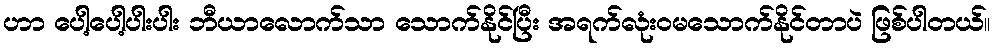
ဟာ ပေါ့ပေါ့ပါးပါး ဘီယာလောက်သာ သောက်နိုင်ပြီး အရက်လုံးဝမသောက်နိုင်တာပဲ ဖြစ်ပါတယ်။